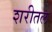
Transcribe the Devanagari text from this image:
शरीतल